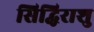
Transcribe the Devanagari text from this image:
सिद्धिराशु